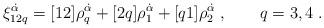
LaTeX: \begin{align*} \xi^{\dot\alpha}_{12q} = [12]\rho_q^{\dot\alpha} + [2q] \rho_1^{\dot\alpha} + [q1] \rho_2^{\dot\alpha}\;, \qquad q=3,4\;.\end{align*}